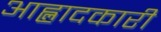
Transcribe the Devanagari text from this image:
आह्लादकारी